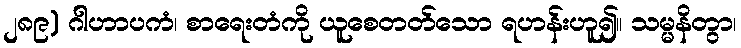
၂၈၉) ဂါဟာပကံ၊ စာရေးတံကို ယူစေတတ်သော ရဟန်းဟူ၍။ သမ္မနိတွာ၊